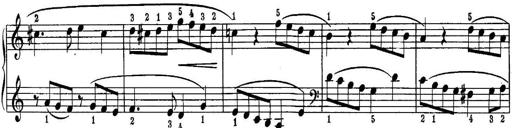
Title: Piano Sonatina No.1 in C major
Composer: Tadeusz Joteyko
Key: C major